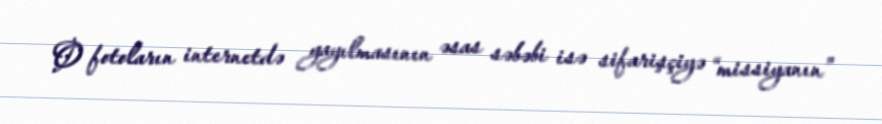
O fotoların internetdə yayılmasının əsas səbəbi isə sifarişçiyə “missiyanın”